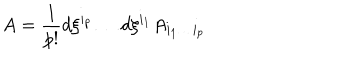
A = { \frac { 1 } { p ! } } d \xi ^ { i _ { p } } \dots d \xi ^ { i _ { 1 } } A _ { i _ { 1 } \dots i _ { p } }